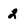
Character: 2